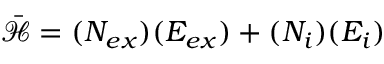
\mathcal { \bar { H } } = ( N _ { e x } ) ( E _ { e x } ) + ( N _ { i } ) ( E _ { i } )